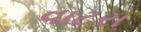
વાટરા